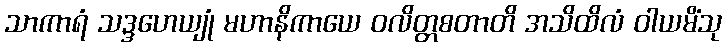
သာကာရံ သဒ္ဒဟေယျုံ မဟာနိကာယေ ဝလိတ္တစတာတိ အသိထိလံ ဝါယမိံသု